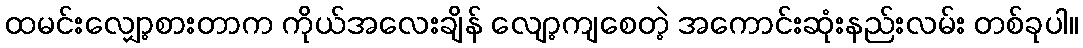
ထမင်းလျှော့စားတာက ကိုယ်အလေးချိန် လျော့ကျစေတဲ့ အကောင်းဆုံးနည်းလမ်း တစ်ခုပါ။